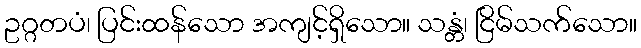
ဥဂ္ဂတပံ၊ ပြင်းထန်သော အကျင့်ရှိသော။ သန္တံ၊ ငြိမ်သက်သော။